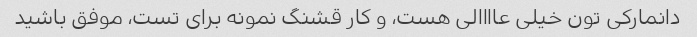
دانمارکی تون خیلی عاااالی هست، و کار قشنگ نمونه برای تست، موفق باشید